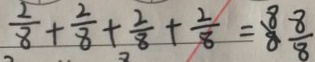
\frac { 2 } { 8 } + \frac { 2 } { 8 } + \frac { 2 } { 8 } + \frac { 2 } { 8 } = \frac { 8 } { 8 } \frac { 8 } { 8 }